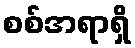
စစ်အရာရှိ